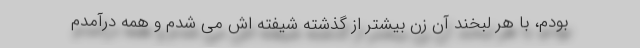
بودم، با هر لبخند آن زن بیشتر از گذشته شیفته اش می شدم و همه درآمدم